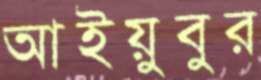
আইয়ুবুর